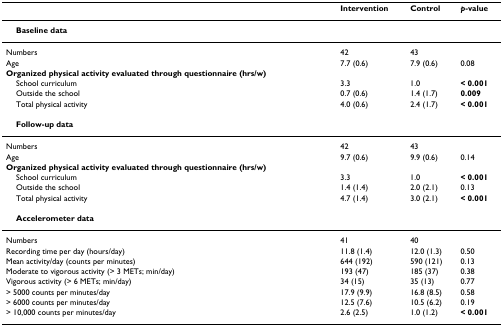
<table><thead><tr><td></td><td><b>Intervention</b></td><td><b>Control</b></td><td><b><i>p</i>-value</b></td></tr></thead><tbody><tr><td> <b>Baseline data</b></td><td></td><td></td><td></td></tr><tr><td>Numbers</td><td>42</td><td>43</td><td></td></tr><tr><td>Age</td><td>7.7 (0.6)</td><td>7.9 (0.6)</td><td>0.08</td></tr><tr><td><b>Organized physical activity evaluated through questionnaire (hrs/w)</b></td><td></td><td></td><td></td></tr><tr><td> School curriculum</td><td>3.3</td><td>1.0</td><td><b>&lt; 0.001</b></td></tr><tr><td> Outside the school</td><td>0.7 (0.6)</td><td>1.4 (1.7)</td><td><b>0.009</b></td></tr><tr><td> Total physical activity</td><td>4.0 (0.6)</td><td>2.4 (1.7)</td><td><b>&lt; 0.001</b></td></tr><tr><td> <b>Follow-up data</b></td><td></td><td></td><td></td></tr><tr><td>Numbers</td><td>42</td><td>43</td><td></td></tr><tr><td>Age</td><td>9.7 (0.6)</td><td>9.9 (0.6)</td><td>0.14</td></tr><tr><td><b>Organized physical activity evaluated through questionnaire (hrs/w)</b></td><td></td><td></td><td></td></tr><tr><td> School curriculum</td><td>3.3</td><td>1.0</td><td><b>&lt; 0.001</b></td></tr><tr><td> Outside the school</td><td>1.4 (1.4)</td><td>2.0 (2.1)</td><td>0.13</td></tr><tr><td> Total physical activity</td><td>4.7 (1.4)</td><td>3.0 (2.1)</td><td><b>&lt; 0.001</b></td></tr><tr><td> <b>Accelerometer data</b></td><td></td><td></td><td></td></tr><tr><td>Numbers</td><td>41</td><td>40</td><td></td></tr><tr><td>Recording time per day (hours/day)</td><td>11.8 (1.4)</td><td>12.0 (1.3)</td><td>0.50</td></tr><tr><td>Mean activity/day (counts per minutes)</td><td>644 (192)</td><td>590 (121)</td><td>0.13</td></tr><tr><td>Moderate to vigorous activity (&gt; 3 METs; min/day)</td><td>193 (47)</td><td>185 (37)</td><td>0.38</td></tr><tr><td>Vigorous activity (&gt; 6 METs; min/day)</td><td>34 (15)</td><td>35 (13)</td><td>0.77</td></tr><tr><td>&gt; 5000 counts per minutes/day</td><td>17.9 (9.9)</td><td>16.8 (8.5)</td><td>0.58</td></tr><tr><td>&gt; 6000 counts per minutes/day</td><td>12.5 (7.6)</td><td>10.5 (6.2)</td><td>0.19</td></tr><tr><td>&gt; 10,000 counts per minutes/day</td><td>2.6 (2.5)</td><td>1.0 (1.2)</td><td><b>&lt; 0.001</b></td></tr></tbody></table>